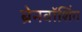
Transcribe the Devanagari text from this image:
ब्रेनवॉशिंग